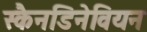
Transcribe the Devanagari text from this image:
स्कैनडिनेवियन